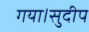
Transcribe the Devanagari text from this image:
गया।सुदीप